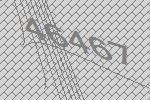
46467